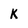
Character: K